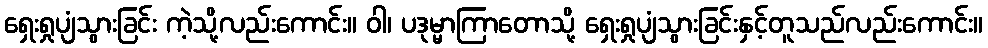
ရှေးရှုပျံသွားခြင်း ကဲ့သို့လည်းကောင်း။ ဝါ၊ ပဒုမ္မာကြာတောသို့ ရှေးရှုပျံသွားခြင်းနှင့်တူသည်လည်းကောင်း။